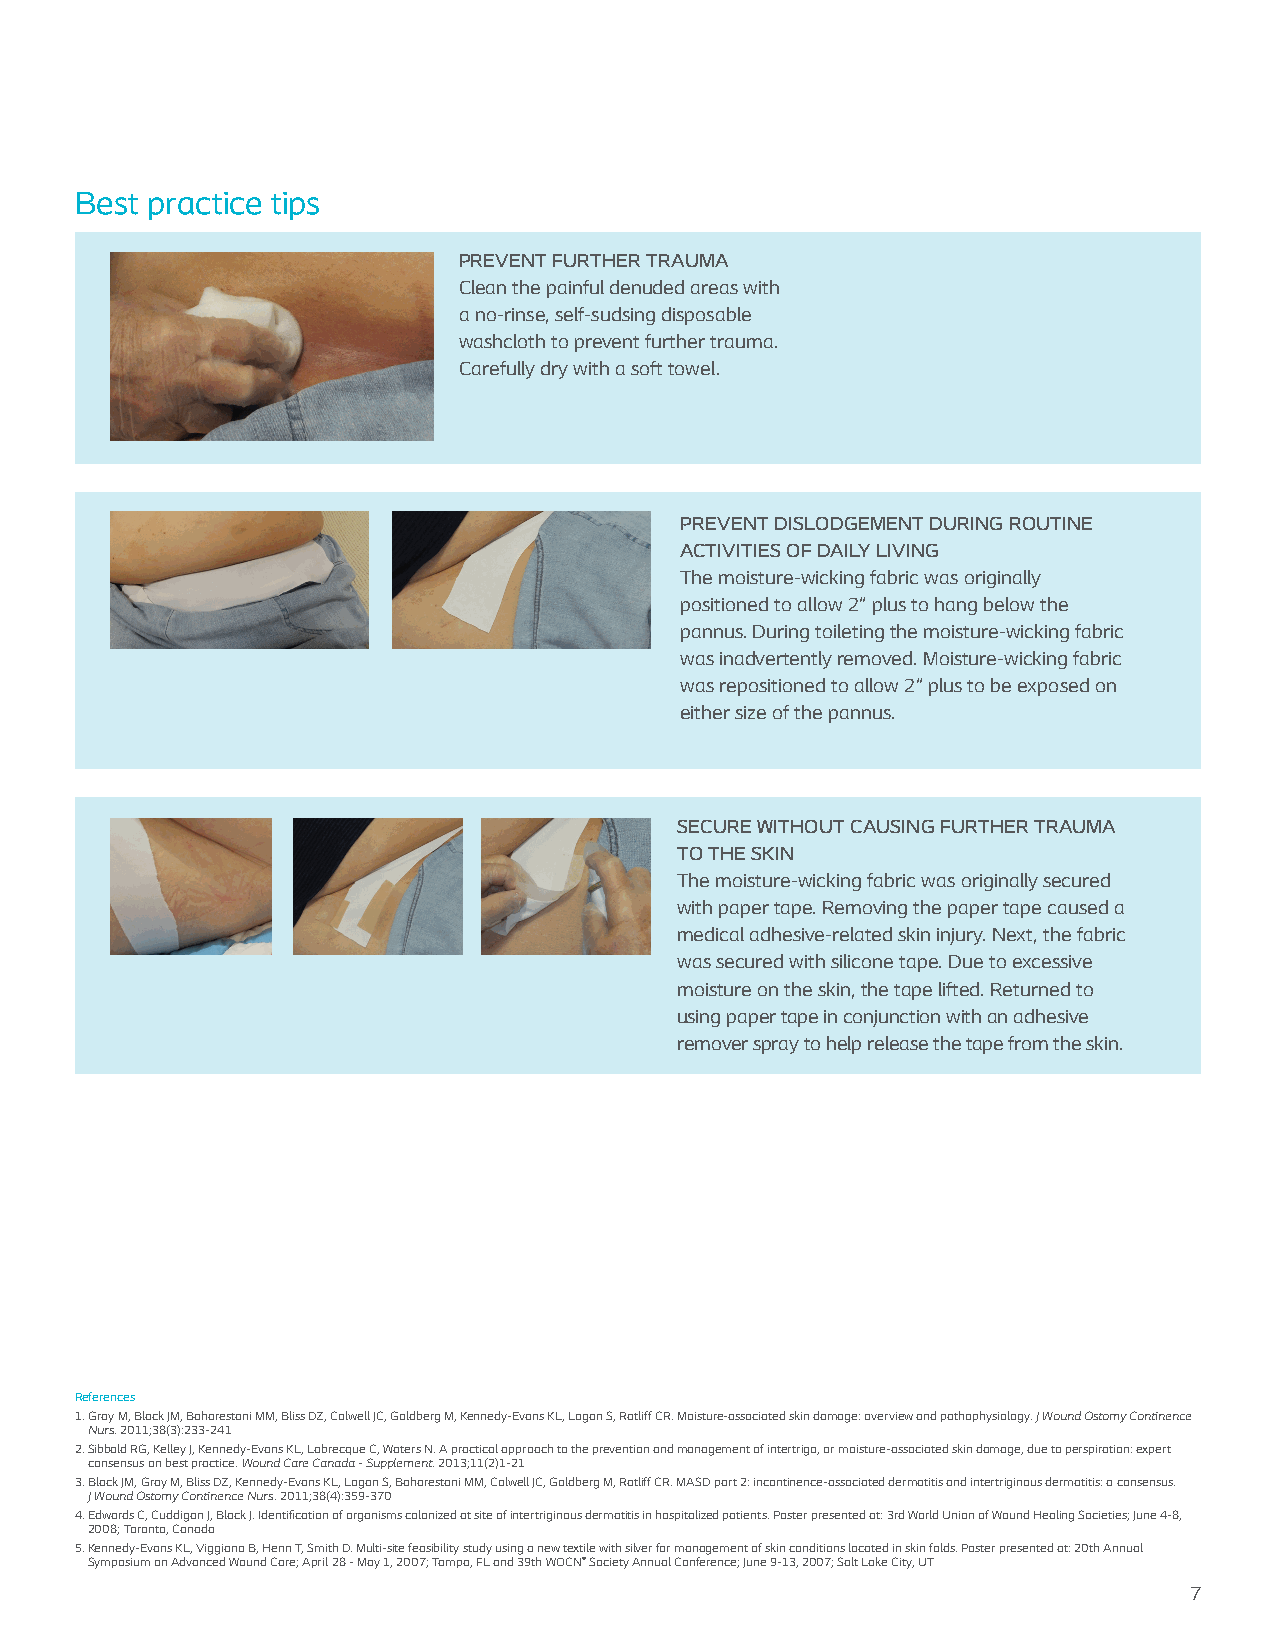
Best practice tips
 PREVENT FURTHER TRAUMA
 Clean the painful denuded areas with
 a no-rinse, self-sudsing disposable
 washcloth to prevent further trauma.
 Carefully dry with a soft towel.
 PREVENT DISLODGEMENT DURING ROUTINE
 ACTIVITIES OF DAILY LIVING
 The moisture-wicking fabric was originally
 positioned to allow 2" plus to hang below the
 pannus. During toileting the moisture-wicking fabric
 was inadvertently removed. Moisture-wicking fabric
 was repositioned to allow 2" plus to be exposed on
 either size of the pannus.
 SECURE WITHOUT CAUSING FURTHER TRAUMA
 TO THE SKIN
 The moisture-wicking fabric was originally secured
 with paper tape. Removing the paper tape caused a
 medical adhesive-related skin injury. Next, the fabric
 was secured with silicone tape. Due to excessive
 moisture on the skin, the tape lifted. Returned to
 using paper tape in conjunction with an adhesive
 remover spray to help release the tape from the skin.
 References
 1. Gray M, Black JM, Baharestani MM, Bliss DZ, Colwell JC, Goldberg M, Kennedy-Evans KL, Logan S, Ratliff CR. Moisture-associated skin damage: overview and pathophysiology. J Wound Ostomy Continence
 Nurs. 2011;38(3):233-241
 2. Sibbald RG, Kelley J, Kennedy-Evans KL, Labrecque C, Waters N. A practical approach to the prevention and management of intertrigo, or moisture-associated skin damage, due to perspiration: expert
 consensus on best practice. Wound Care Canada - Supplement. 2013;11(2)1-21
 3. Black JM, Gray M, Bliss DZ, Kennedy-Evans KL, Logan S, Baharestani MM, Colwell JC, Goldberg M, Ratliff CR. MASD part 2: incontinence-associated dermatitis and intertriginous dermatitis: a consensus.
 J Wound Ostomy Continence Nurs. 2011;38(4):359-370
 4. Edwards C, Cuddigan J, Black J. Identification of organisms colonized at site of intertriginous dermatitis in hospitalized patients. Poster presented at: 3rd World Union of Wound Healing Societies; June 4-8,
 2008; Toronto, Canada
 5. Kennedy-Evans KL, Viggiano B, Henn T, Smith D. Multi-site feasibility study using a new textile with silver for management of skin conditions located in skin folds. Poster presented at: 20th Annual
 Symposium on Advanced Wound Care; April 28 - May 1, 2007; Tampa, FL and 39th WOCN® Society Annual Conference; June 9-13, 2007; Salt Lake City, UT
 7